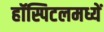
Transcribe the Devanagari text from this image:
हॉस्पिटलमध्यें